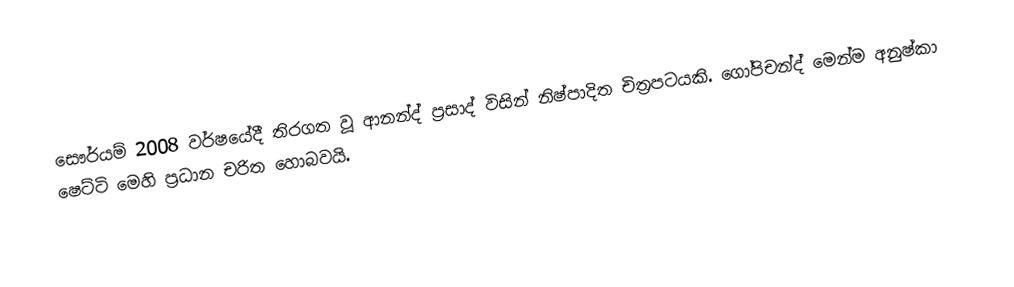
සෞර්යම් 2008 වර්ෂයේදී තිරගත වූ ආනන්ද් ප්‍රසාද් විසින් නිෂ්පාදිත චිත්‍රපටයකි. ගෝපිචන්ද් මෙන්ම අනුෂ්කා ෂෙට්ටි මෙහි ප්‍රධාන චරිත හොබවයි.